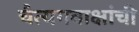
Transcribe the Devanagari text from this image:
चैत्यगवाक्षांची